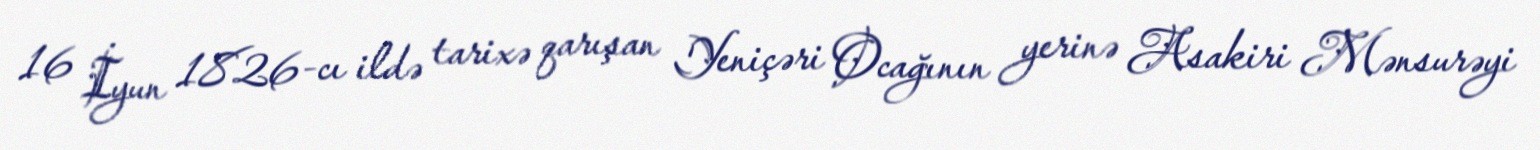
16 İyun 1826-cı ildə tarixə qarışan Yeniçəri Ocağının yerinə Asakiri Mənsurəyi